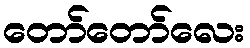
တော်တော်လေး